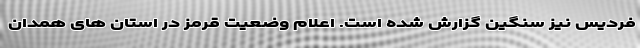
فردیس نیز سنگین گزارش شده است. اعلام وضعیت قرمز در استان های همدان